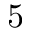
5